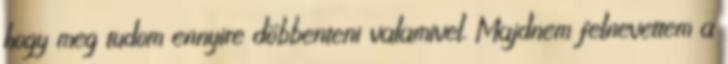
hogy meg tudom ennyire döbbenteni valamivel. Majdnem felnevettem a